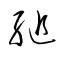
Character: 縋